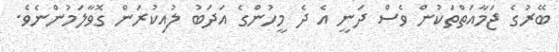
ބޭރުގެ ޖަމާއަތްތަކުން ވެސް ދަނީ އެ ދެ މީހުންގެ އަދަބު ލުއިކުރަން ގޮވާލަމުންނެވެ.